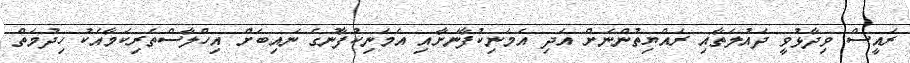
ރައީސް ވިދާޅުވީ ދައުލަތާއި ރައްޔިތުންނަށް އަދި އެމަނިކުފާނަށާއި އެމަނިކުފާނުގެ ނައިބަށް އިހްލާސްތެރިކަމާއެކު ހިދުމަތް